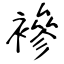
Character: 襂